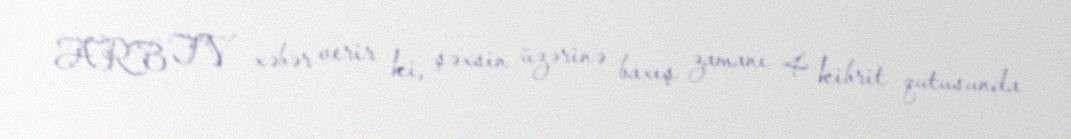
ARB TV xəbər verir ki, şəxsin üzərinə baxış zamanı 4 kibrit qutusunda